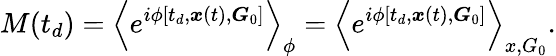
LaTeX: M(t_{d})=\left\langle e^{i\phi\left[t_{d},\boldsymbol{x}(t),\boldsymbol{G}_{0}\right]}\right\rangle_{\phi}=\left\langle e^{i\phi\left[t_{d},\boldsymbol{x}(t),\boldsymbol{G}_{0}\right]}\right\rangle_{x,G_{0}}.